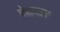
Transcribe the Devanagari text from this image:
पेशवार